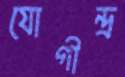
যোগীন্দ্র